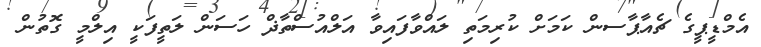
އެމްޑީޕީގެ ޗެއާޕާސން ކަމަށް ކުރިމަތި ލައްވާފައިވާ އަލްއުސްތާޛް ހަސަން ލަތީފަކީ އިލްމީ ގޮތުން